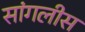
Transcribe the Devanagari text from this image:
सांगलीस